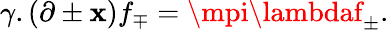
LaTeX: \gamma.(\partial\pm\mathbf{x})f_{\mp}=\mpi\lambdaf_{\pm}.